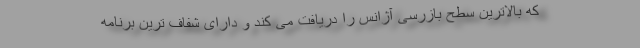
که بالاترین سطح بازرسی آژانس را دریافت می کند و دارای شفاف ترین برنامه